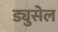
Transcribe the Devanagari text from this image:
ड्युसेल